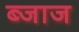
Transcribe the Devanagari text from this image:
ब्जाज